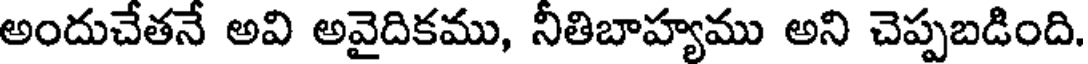
అందుచేతనే అవి అవైదికము, నీతిబాహ్యము అని చెప్పబడింది